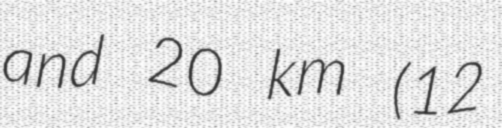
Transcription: and 20 km (12